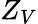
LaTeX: Z_{V}